Medical and sanitary report of the native army of Madras for the year
Year: 1875
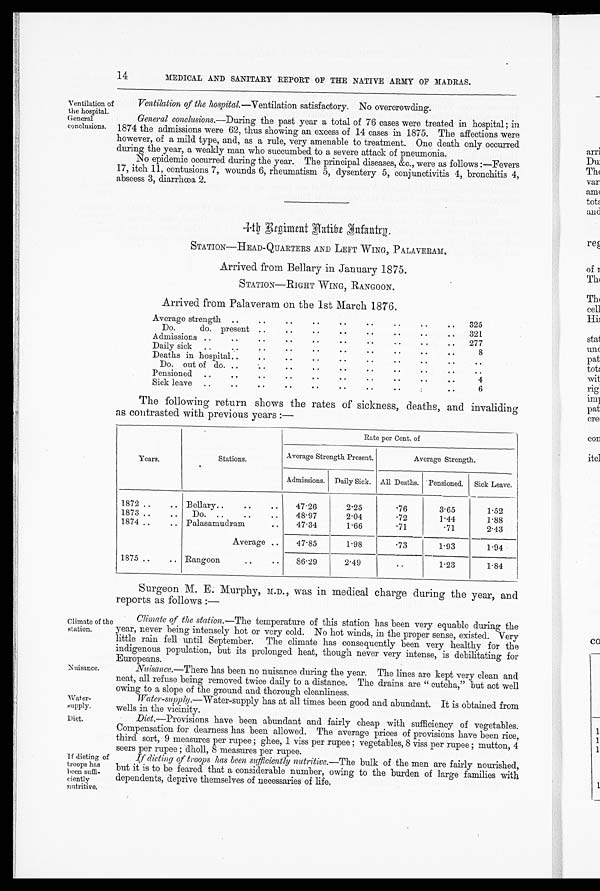
14
MEDICAL AND SANITARY REPORT OF THE NATIVE ARMY OF MADRAS.
Ventilation of
the hospital.
General
conclusions.
Ventilation of the hospital. —Ventilation satisfactory. No overcrowding.
General conclusions .—During the past year a total of 76 cases were treated in hospital ; in
1874 the admissions were 62, thus showing an excess of 14 cases in 1875. The affections were
however, of a mild type, and, as a rule, very amenable to treatment. One death only occurred
during the year, a weakly man who succumbed to a severe attack of pneumonia.
No epidemic occurred during the year. The principal diseases, &c., were as follows :—Fevers
17, itch 11, contusions 7, wounds 6, rheumatism 5, dysentery 5, conjunctivitis 4, bronchitis 4,
abscess 3, diarrhoea 2.
4th Regiment Native Infantry.
STATION—HEAD-QUARTERS AND LEFT WING, PALAVERAM.
Arrived from Bellary in January 1875.
STATION—RIGHT WING, RANGOON.
Arrived from Palaveram on the 1st March 1876.
Average strength ...
325
Do.
do. present...
..
..
..
.
. . .
. .
321
Admissions ..
..
..
..
..
. .
. .
.
..
.
277
Daily sick ....
..
. .
. .
8
Deaths in hospital..
..
..
..
..
..
..
Do. out of do. ..
..
..
. .
. .
..
. .
Pensioned . .
..
..
..
. .
. .
. .
4
Sick leave ..
..
. .
. .
6
The following return shows the rates of sickness, deaths, and invaliding
as contrasted with previous years :—
Years.
Stations.
Rate per Cent. of
Average Strength Present.
Average Strength.
Admissions. Daily Sick. All Deaths. Pensioned. Sick Leave.
1872 ..
.. Bellary..
..
..
47.26
2.25
.76
3.65
1.52
1873 ..
.. Do. ..
..
..
48.97
2.04
.72
1.44
1.88
1874 ..
.. Palasamudram
..
47.34
1.66
.71
.71
2.43
Average ..
47.85
1.98
.73
1.93
1.94
1875 ..
.. Rangoon
..
..
86.29
2.49
..
1.23
1.84
Surgeon M. E. Murphy, M.D., was in medical charge during the year, and
reports as follows :—
Climate of the
station.
Nuisance.
Wa t e r S u p p l y Di e t .
If dieting of
troops has
been suffi-
ciently
nutritive.
Climate of the station .—The temperature of this station has been very equable during the
year, never being intensely hot or very cold. No hot winds, in the proper sense, existed. Very
little rain fell until September. The climate has consequently been very healthy for the
indigenous population, but its prolonged heat, though never very intense, is debilitating for
Europeans.
Nuisance.—There has been no nuisance during the year. The lines are kept very clean and
neat, all refuse being removed twice daily to a distance. The drains are " cutcha," but act well
owing to a slope of the ground and thorough cleanliness.
Water-supply .—Water-supply has at all times been good and abundant. It is obtained from
wells in the vicinity.
Diet.—Provisions have been abundant and fairly cheap with sufficiency of vegetables.
Compensation for dearness has been allowed. The average prices of provisions have been rice,
third sort, 9 measures per rupee ; ghee, 1 viss per rupee ; vegetables, 8 viss per rupee ; mutton, 4
seers per rupee ; dholl, 8 measures per rupee.
If dieting of troops has been sufficiently nutritive .—The bulk of the men are fairly nourished,
but it is to be feared that a considerable number, owing to the burden of large families with
dependents, deprive themselves of necessaries of life.